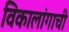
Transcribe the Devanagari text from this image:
विकालांगाची